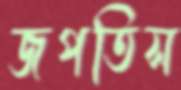
জপতিস